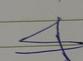
Signature authenticity: forged